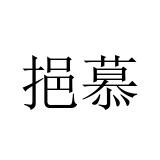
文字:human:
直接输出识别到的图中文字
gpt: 挹慕